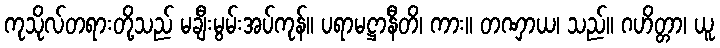
ကုသိုလ်တရားတို့သည် မချီးမွမ်းအပ်ကုန်။ ပရာမဋ္ဌာနီတိ၊ ကား။ တဏှာယ၊ သည်။ ဂဟိတ္တာ၊ ယူ